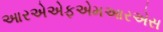
આરએએફએમઆરએસ